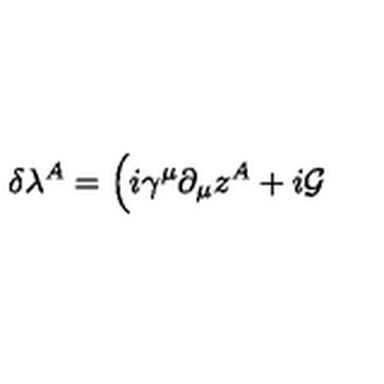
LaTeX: \delta \lambda ^ { A } = \Big ( i \gamma ^ { \mu } \partial _ { \mu } z ^ { A } + i { \cal G }